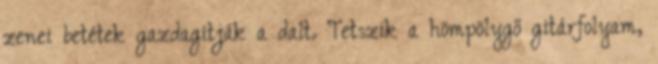
zenei betétek gazdagítják a dalt. Tetszik a hömpölygő gitárfolyam,